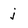
Character: j